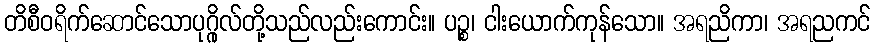
တိစီဝရိက်ဆောင်သောပုဂ္ဂိုလ်တို့သည်လည်းကောင်း။ ပဉ္စ၊ ငါးယောက်ကုန်သော။ အရညိကာ၊ အရညကင်